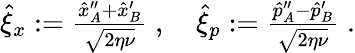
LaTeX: \begin{array}{r}{\hat{\xi}_{x}:=\frac{\hat{x}_{A}^{\prime\prime}+\hat{x}_{B}^{\prime}}{\sqrt{2\eta\nu}}\; ,\quad\hat{\xi}_{p}:=\frac{\hat{p}_{A}^{\prime\prime}-\hat{p}_{B}^{\prime}}{\sqrt{2\eta\nu}}\; .}\end{array}